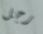
رجل